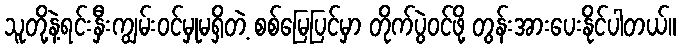
သူတို့နဲ့ရင်းနှီးကျွမ်းဝင်မှုမရှိတဲ့ စစ်မြေပြင်မှာ တိုက်ပွဲဝင်ဖို့ တွန်းအားပေးနိုင်ပါတယ်။